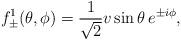
LaTeX: \begin{align*}f_{\pm}^1 ( \theta, \phi) = \frac{1}{\sqrt{2}} v \sin \theta \, e^{\pm i \phi}, \end{align*}